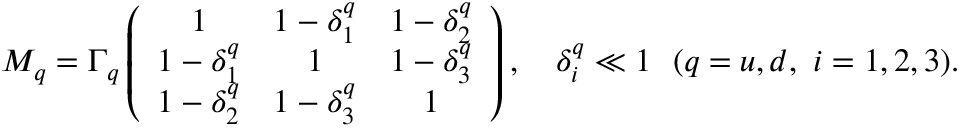
M _ { q } = \Gamma _ { q } \left( \begin{array} { c c c } { { 1 } } & { { 1 - \delta _ { 1 } ^ { q } } } & { { 1 - \delta _ { 2 } ^ { q } } } \\ { { 1 - \delta _ { 1 } ^ { q } } } & { { 1 } } & { { 1 - \delta _ { 3 } ^ { q } } } \\ { { 1 - \delta _ { 2 } ^ { q } } } & { { 1 - \delta _ { 3 } ^ { q } } } & { { 1 } } \end{array} \right) , \ \ \ \delta _ { i } ^ { q } \ll 1 \ \ ( q = u , d , \ i = 1 , 2 , 3 ) .